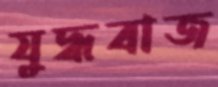
যুদ্ধবাজ